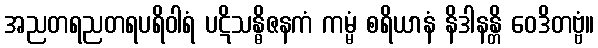
အညတရညတရပရိဝါရံ ပဋိသန္ဓိဇနကံ ကမ္မံ စရိယာနံ နိဒါနန္တိ ဝေဒိတဗ္ဗံ။